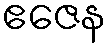
ဧဇေန